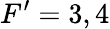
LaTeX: F^{\prime}=3,4